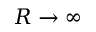
R \to \infty